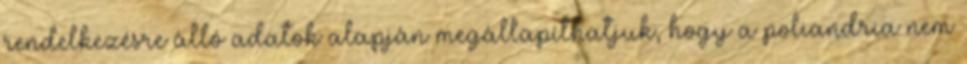
rendelkezésre álló adatok alapján megállapíthatjuk, hogy a poliandria nem